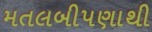
મતલબીપણાથી